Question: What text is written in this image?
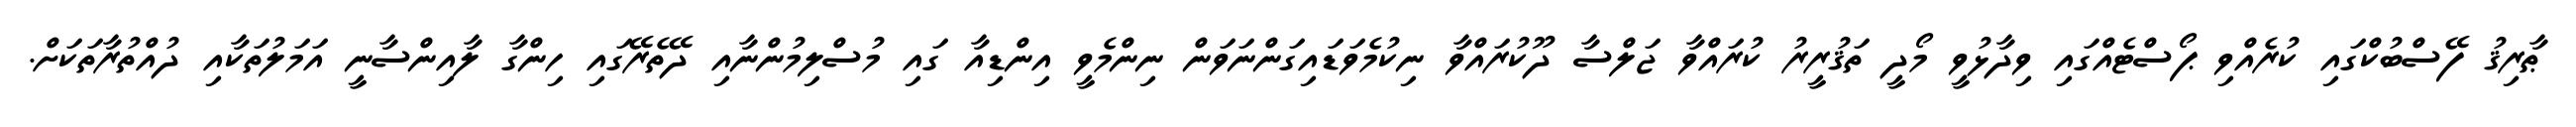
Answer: ޠާރިޤު ފޭސްބުކްގައި ކުރެއްވި ޕޯސްޓެއްގައި ވިދާޅުވީ މޯދީ ތަޤުރީރު ކުރައްވާ ޖަލްސާ ދޫކުރައްވާ ނިކުމެވަޑައިގަންނަވަން ނިންމެވީ އިންޑިއާ ގައި މުސްލިމުންނާއި ދޭތެރޭގައި ހިންގާ ލާއިންސާނީ އަމަލުތަކާއި ދުއްތުރާތަކަށް.